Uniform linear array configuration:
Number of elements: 4
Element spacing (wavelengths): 0.5
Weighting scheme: kaiser
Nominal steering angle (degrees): -30
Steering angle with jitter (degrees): -29.153
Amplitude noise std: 0.05
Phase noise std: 0.05

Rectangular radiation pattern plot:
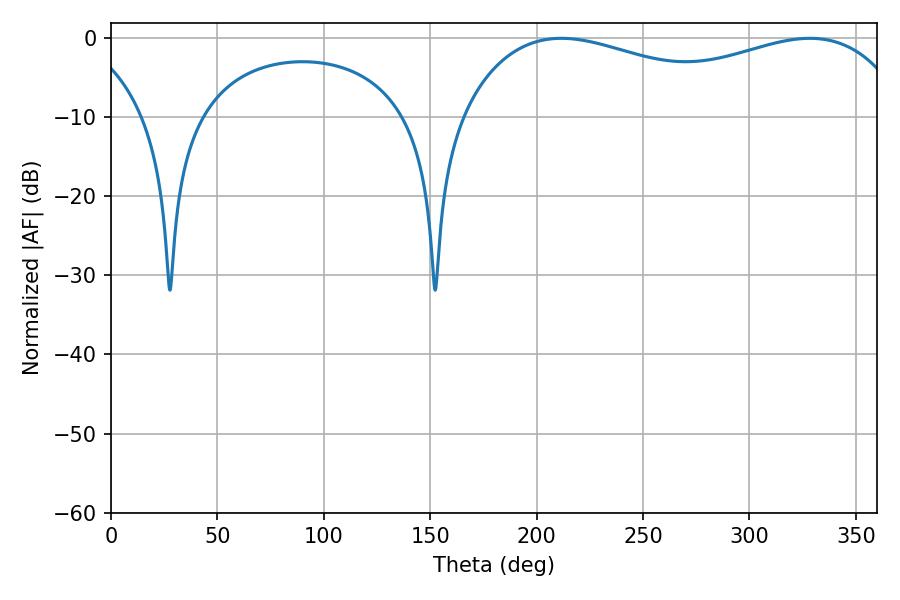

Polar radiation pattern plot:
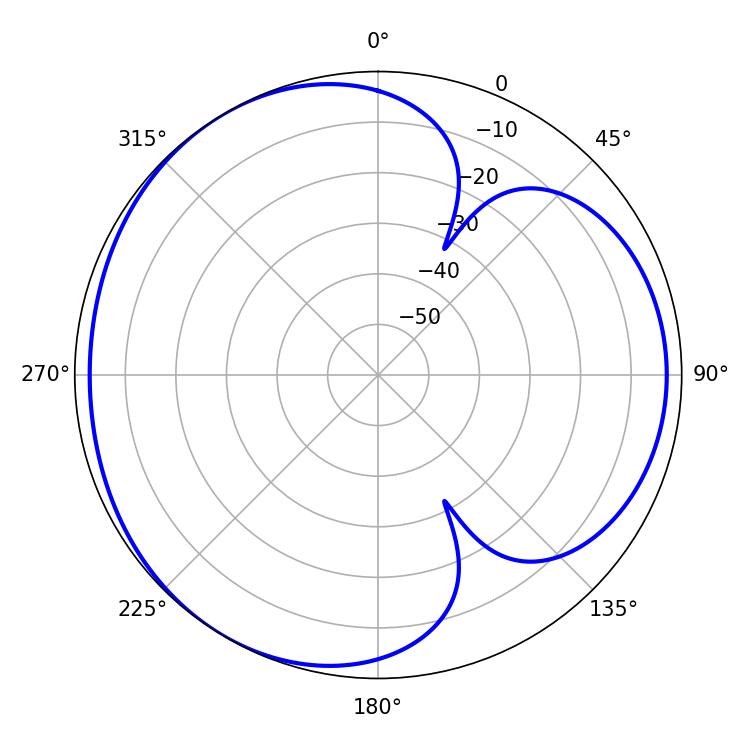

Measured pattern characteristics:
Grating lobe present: FALSE
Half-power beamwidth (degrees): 173.52
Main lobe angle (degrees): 211.68